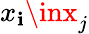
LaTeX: x_{\mathbf{i}}\inx_{j}